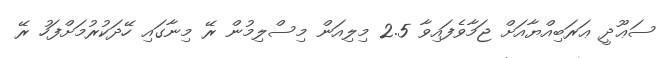
ސަޢޫދީ ޢަރަބިއްޔާއަށް ޖަމާވެފައިވާ 2.5 މިލިއަން މިސްލިމުން ރޭ މިނާގައި ހޭދަކުރުމަށްފަހު ރޭ